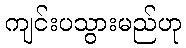
ကျင်းပသွားမည်ဟု